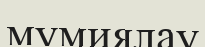
мумиялау